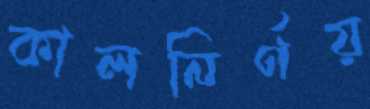
কালনির্ণয়